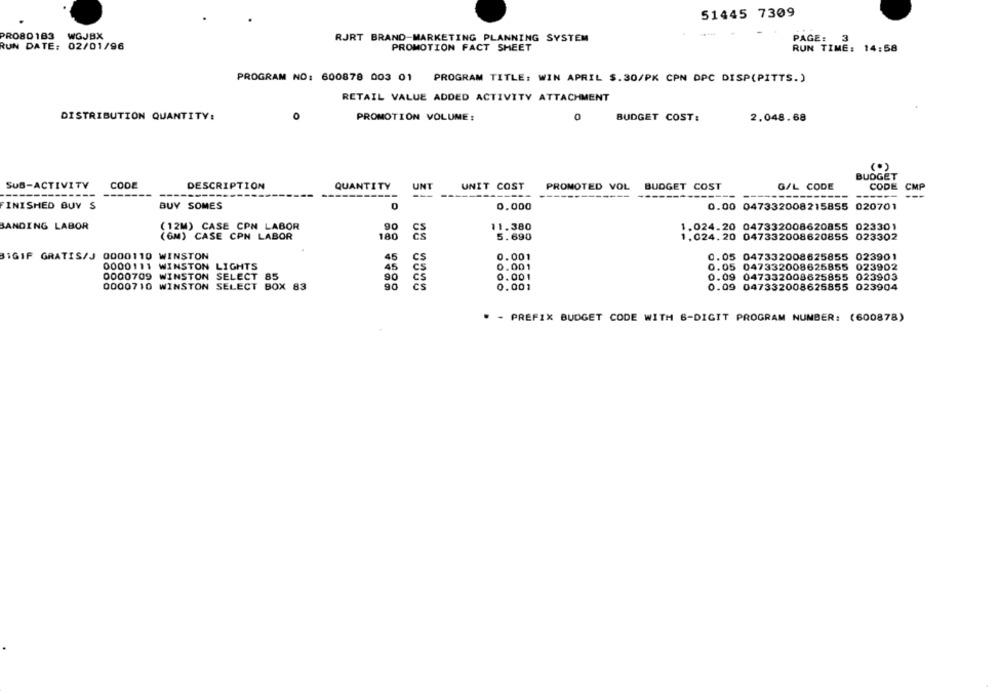
51445 7309
PRO80183 WGJBX
RJRT BRAND-MARKETING PLANNING SYSTEM
PAGE: 3
RUN DATE: 02/01/96
PROMOTION FACT SHEET
RUN TIME: 14:58
PROGRAM NO: 600878 003 01 PROGRAM TITLE: WIN APRIL $.30/PK CPN DPC DISP(PITTS.)
RETAIL VALUE ADDED ACTIVITY ATTACHMENT
DISTRIBUTION QUANTITY:
0
PROMOTION VOLUME:
0
BUDGET COST:
2.048.68
BUDGET
SUB-ACTIVITY
CODE
DESCRIPTION
QUANTITY
UNT
UNIT COST
PROMOTED VOL BUDGET COST
G/L CODE
CODE
---
CMP
FINISHED BUY S
BUY SOMES
0,000
0.00 047332008215855 020701
BANDING LABOR
(12M) CASE CPN LABOR
90
11.380
1.024.20 047332008620855 023301
180
5.690
(GM) CASE CPN LABOR
1,024.20 047332008620855 023302
BIGIF GRATIS/J 0000110 WINSTON
45
cs
0.001
0.05 047332008625855 023901
0000111 WINSTON LIGHTS
45
Cs
0.001
0.05 047332008625855 023902
0000709 WINSTON SELECT 85
cs
0.001
0.09 047332008625855 023903
0000710 WINSTON SELECT BOX 83
Cs
0.001
0.09 047332008625855 023904
* - PREFIX BUDGET CODE WITH 6-DIGIT PROGRAM NUMBER: (600878)